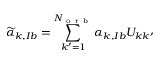
\widetilde { \alpha } _ { k , I b } = \sum _ { k ^ { \prime } = 1 } ^ { N _ { \mathrm { ~ o ~ r ~ b ~ } } } \alpha _ { k , I b } U _ { k k ^ { \prime } }